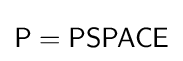
{\textsf {P}}={\textsf {PSPACE}}